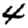
Digit: 4